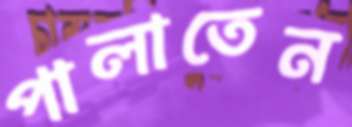
পালাতেন